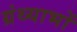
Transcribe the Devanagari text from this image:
ग्रंथ्याभों